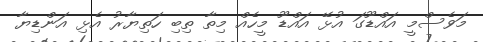
މަވެސްމީ އައްޑޫގަ އުޅޭ އައްޑޫ މީހެއް މިތާ ތިބި ހަތިޔާރު އެޅި އަންޑިޔާ